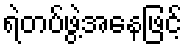
ရဲတပ်ဖွဲ့အနေဖြင့်